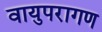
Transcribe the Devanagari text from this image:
वायुपरागण